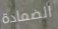
الضمادة